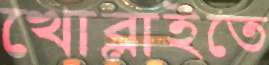
খোব্‌লাইতে